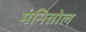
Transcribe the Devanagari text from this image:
मंनितोल